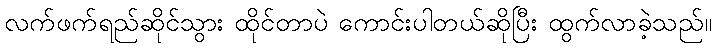
လက်ဖက်ရည်ဆိုင်သွား ထိုင်တာပဲ ကောင်းပါတယ်ဆိုပြီး ထွက်လာခဲ့သည်။